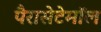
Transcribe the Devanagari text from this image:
पैरासेटेमॉल